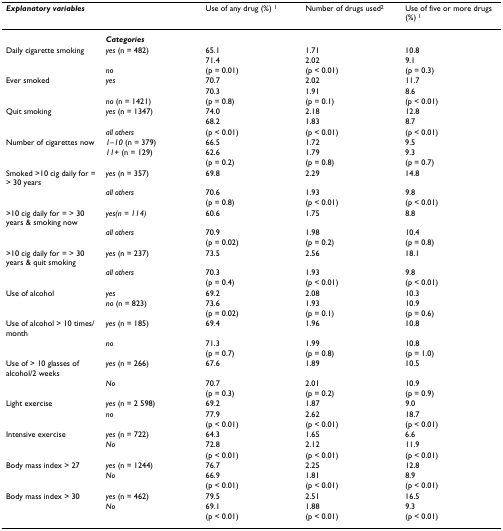
<table><thead><tr><td colspan="2"><b><i>Explanatory variables</i></b></td><td><b>Use of any drug (%) <sup>1</sup></b></td><td><b>Number of drugs used<sup>2</sup></b></td><td><b>Use of five or more drugs (%) <sup>1</sup></b></td></tr></thead><tbody><tr><td></td><td><b><i>Categories</i></b></td><td></td><td></td><td></td></tr><tr><td>Daily cigarette smoking</td><td><i>yes </i>(n = 482)</td><td>65.1</td><td>1.71</td><td>10.8</td></tr><tr><td></td><td></td><td>71.4</td><td>2.02</td><td>9.1</td></tr><tr><td></td><td><i>no</i></td><td>(p = 0.01)</td><td>(p &lt; 0.01)</td><td>(p = 0.3)</td></tr><tr><td>Ever smoked</td><td><i>yes</i></td><td>70.7</td><td>2.02</td><td>11.7</td></tr><tr><td></td><td></td><td>70.3</td><td>1.91</td><td>8.6</td></tr><tr><td></td><td><i>no </i>(n = 1421)</td><td>(p = 0.8)</td><td>(p = 0.1)</td><td>(p &lt; 0.01)</td></tr><tr><td>Quit smoking</td><td><i>yes </i>(n = 1347)</td><td>74.0</td><td>2.18</td><td>12.8</td></tr><tr><td></td><td></td><td>68.2</td><td>1.83</td><td>8.7</td></tr><tr><td></td><td><i>all others</i></td><td>(p &lt; 0.01)</td><td>(p &lt; 0.01)</td><td>(p &lt; 0.01)</td></tr><tr><td>Number of cigarettes now</td><td><i>1–10 </i>(n = 379)</td><td>66.5</td><td>1.72</td><td>9.5</td></tr><tr><td></td><td><i>11+ </i>(n = 129)</td><td>62.6</td><td>1.79</td><td>9.3</td></tr><tr><td></td><td></td><td>(p = 0.2)</td><td>(p = 0.8)</td><td>(p = 0.7)</td></tr><tr><td>Smoked &gt;10 cig daily for = &gt; 30 years</td><td><i>yes </i>(n = 357)</td><td>69.8</td><td>2.29</td><td>14.8</td></tr><tr><td></td><td><i>a</i><i>ll others</i></td><td>70.6</td><td>1.93</td><td>9.8</td></tr><tr><td></td><td></td><td>(p = 0.8)</td><td>(p &lt; 0.01)</td><td>(p &lt; 0.01)</td></tr><tr><td>&gt;10 cig daily for = &gt; 30 years &amp; smoking now</td><td><i>yes(n = 114)</i></td><td>60.6</td><td>1.75</td><td>8.8</td></tr><tr><td></td><td><i>a</i><i>ll others</i></td><td>70.9</td><td>1.98</td><td>10.4</td></tr><tr><td></td><td></td><td>(p = 0.02)</td><td>(p = 0.2)</td><td>(p = 0.8)</td></tr><tr><td>&gt;10 cig daily for = &gt; 30 years &amp; quit smoking</td><td><i>yes </i>(n = 237)</td><td>73.5</td><td>2.56</td><td>18.1</td></tr><tr><td></td><td><i>all others</i></td><td>70.3</td><td>1.93</td><td>9.8</td></tr><tr><td></td><td></td><td>(p = 0.4)</td><td>(p &lt; 0.01)</td><td>(p &lt; 0.01)</td></tr><tr><td>Use of alcohol</td><td><i>yes</i></td><td>69.2</td><td>2.08</td><td>10.3</td></tr><tr><td></td><td><i>no </i>(n = 823)</td><td>73.6</td><td>1.93</td><td>10.9</td></tr><tr><td></td><td></td><td>(p = 0.02)</td><td>(p = 0.1)</td><td>(p = 0.6)</td></tr><tr><td>Use of alcohol &gt; 10 times/month</td><td><i>yes </i>(n = 185)</td><td>69.4</td><td>1.96</td><td>10.8</td></tr><tr><td></td><td><i>no</i></td><td>71.3</td><td>1.99</td><td>10.8</td></tr><tr><td></td><td></td><td>(p = 0.7)</td><td>(p = 0.8)</td><td>(p = 1.0)</td></tr><tr><td>Use of &gt; 10 glasses of alcohol/2 weeks</td><td><i>yes </i>(n = 266)</td><td>67.6</td><td>1.89</td><td>10.5</td></tr><tr><td></td><td><i>No</i></td><td>70.7</td><td>2.01</td><td>10.9</td></tr><tr><td></td><td></td><td>(p = 0.3)</td><td>(p = 0.2)</td><td>(p = 0.9)</td></tr><tr><td>Light exercise</td><td><i>yes </i>(n = 2 598)</td><td>69.2</td><td>1.87</td><td>9.0</td></tr><tr><td></td><td><i>no</i></td><td>77.9</td><td>2.62</td><td>18.7</td></tr><tr><td></td><td></td><td>(p &lt; 0.01)</td><td>(p &lt; 0.01)</td><td>(p &lt; 0.01)</td></tr><tr><td>Intensive exercise</td><td><i>yes </i>(n = 722)</td><td>64.3</td><td>1.65</td><td>6.6</td></tr><tr><td></td><td><i>No</i></td><td>72.8</td><td>2.12</td><td>11.9</td></tr><tr><td></td><td></td><td>(p &lt; 0.01)</td><td>(p &lt; 0.01)</td><td>(p &lt; 0.01)</td></tr><tr><td>Body mass index &gt; 27</td><td><i>yes </i>(n = 1244)</td><td>76.7</td><td>2.25</td><td>12.8</td></tr><tr><td></td><td><i>No</i></td><td>66.9</td><td>1.81</td><td>8.9</td></tr><tr><td></td><td></td><td>(p &lt; 0.01)</td><td>(p &lt; 0.01)</td><td>(p &lt; 0.01)</td></tr><tr><td>Body mass index &gt; 30</td><td><i>yes </i>(n = 462)</td><td>79.5</td><td>2.51</td><td>16.5</td></tr><tr><td></td><td><i>No</i></td><td>69.1</td><td>1.88</td><td>9.3</td></tr><tr><td></td><td></td><td>(p &lt; 0.01)</td><td>(p &lt; 0.01)</td><td>(p &lt; 0.01)</td></tr></tbody></table>